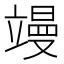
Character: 𮄸